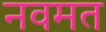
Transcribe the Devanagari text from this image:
नवमत